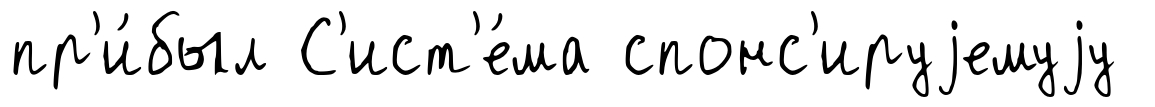
пр'и́был С'ист'е́ма спонс'ируjемуjу